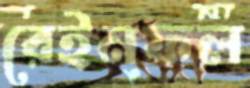
রেইনফল